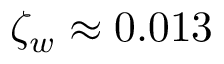
\zeta _ { w } \approx 0 . 0 1 3